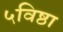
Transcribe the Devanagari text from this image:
५विष्ठा